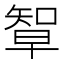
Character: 𥏯